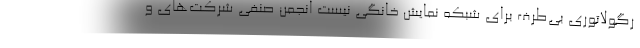
رگولاتوری بی‌طرف برای شبکه نمایش خانگی نیست انجمن صنفی شرکت‌های و